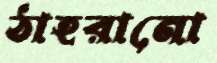
ঠাহরানো